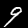
Label: 9